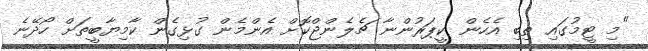
"މި ޓީމުގައި ތިބި އެހެން ކީޕަރުންނާ ޗެލެންޖްކޮށް އެންމެން ގުޅިގެން ކާމިޔާބީތަށް ހޯދޭނެ